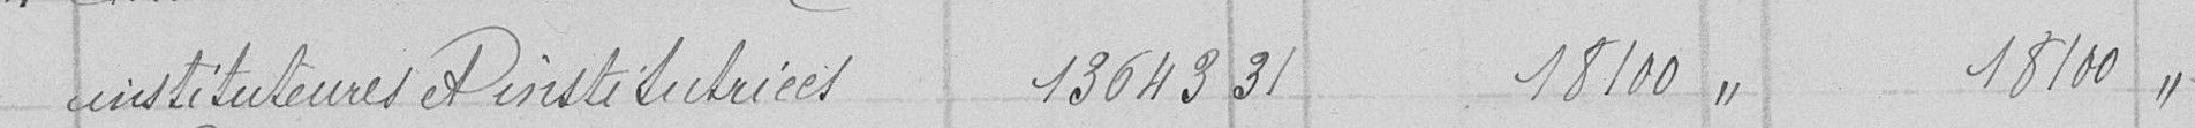
instituteurs et institutrices 13643 31 18100" 18100"